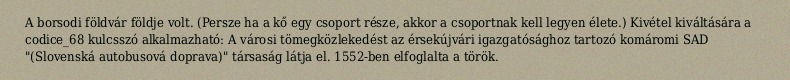
A borsodi földvár földje volt. (Persze ha a kő egy csoport része, akkor a csoportnak kell legyen élete.) Kivétel kiváltására a codice_68 kulcsszó alkalmazható: A városi tömegközlekedést az érsekújvári igazgatósághoz tartozó komáromi SAD "(Slovenská autobusová doprava)" társaság látja el. 1552-ben elfoglalta a török.